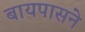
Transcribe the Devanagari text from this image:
बायपासने